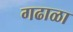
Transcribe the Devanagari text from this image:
गढाळा